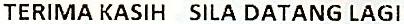
TERIMA KASIH SILA DATANG LAGI